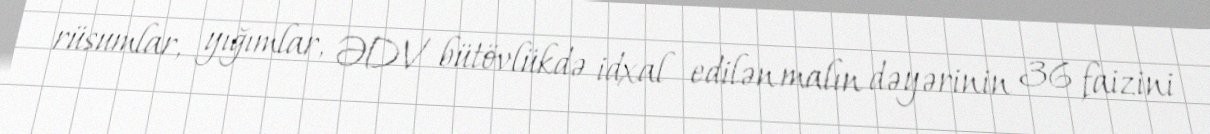
rüsumlar, yığımlar, ƏDV bütövlükdə idxal edilən malın dəyərinin 36 faizini